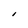
Character: I